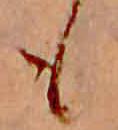
も